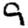
Digit: 9